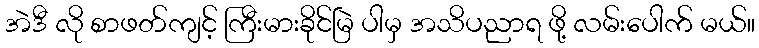
အဲဒီ လို စာဖတ်ကျင့် ကြီးမားခိုင်မြဲ ပါမှ အသိပညာရ ဖို့ လမ်းပေါက် မယ်။